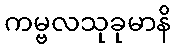
ကမ္ဗလသုခုမာနိ